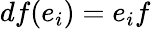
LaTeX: df(e_{i})=e_{i}f